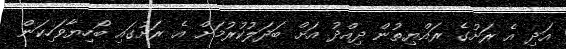
އަދި އެ ރަށުގެ ރައްޔިތުން ދިއްދު އަށް ބަދަލުކުރުމަށް އެ ރަށުގައި ބޯހިޔާވަހިކަން